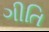
ગીતિ